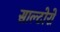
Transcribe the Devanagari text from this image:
साल्टोरो